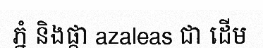
ភ្នំ និងផ្កា azaleas ជា ដើម